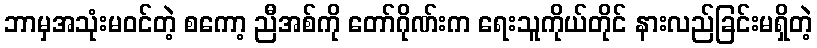
ဘာမှအသုံးမဝင်တဲ့ စကော့ ညီအစ်ကို တော်ဂိုဏ်းက ရေးသူကိုယ်တိုင် နားလည်ခြင်းမရှိတဲ့